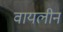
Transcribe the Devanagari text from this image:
वायलीन